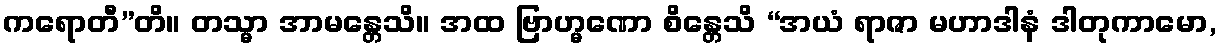
ကရောတီ”တိ။ တသ္မာ အာမန္တေသိ။ အထ ဗြာဟ္မဏော စိန္တေသိ “အယံ ရာဇာ မဟာဒါနံ ဒါတုကာမော,